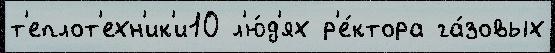
т'еплот'ехн'ик'и10 л'ю́д'ях р'е́ктора га́зовых